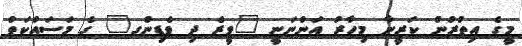
މީގެ އިތުރުން ކަރީނާ މިހާރު އަންނަނީ "ވީރެ ދި ވެޑިންގ" ގެ މަސައްކަތް